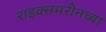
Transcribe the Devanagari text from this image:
राइक्समरीनच्या